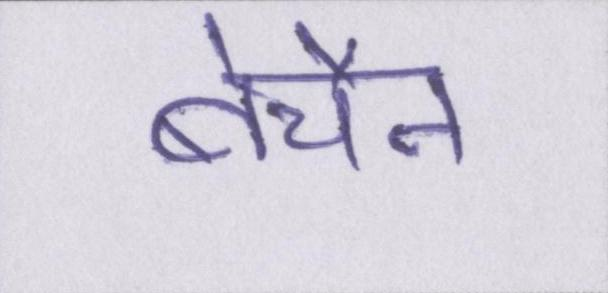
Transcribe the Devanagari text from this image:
बेचैन